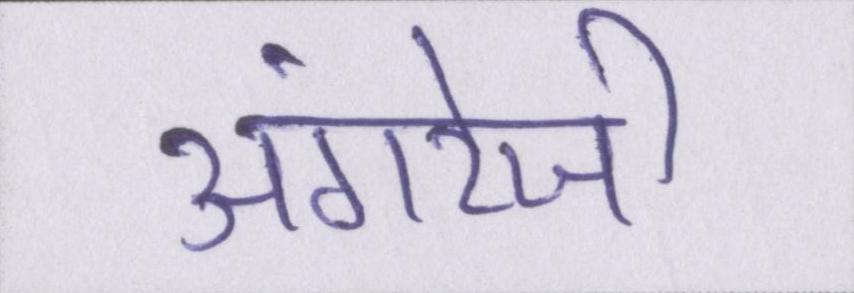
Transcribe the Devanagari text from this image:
अंगरेजी